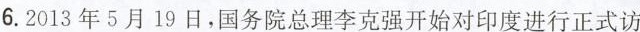
6.2013年5月19日，国务院总理李克强开始对印度进行正式访